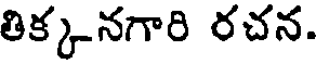
తిక్కనగారి రచన.